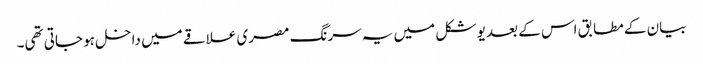
بیان کے مطابق اس کے بعد یو شکل میں یہ سرنگ مصری علاقے میں داخل ہو جاتی تھی۔